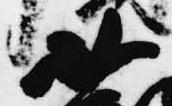
如